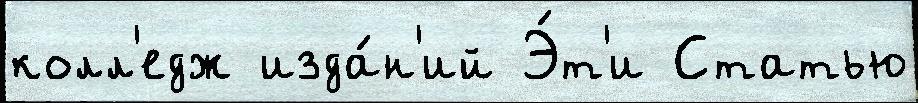
колл'едж изда́н'ий Э́т'и Статью